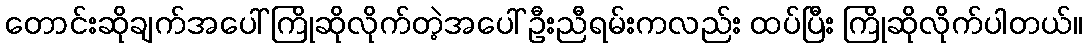
တောင်းဆိုချက်အပေါ် ကြိုဆိုလိုက်တဲ့အပေါ် ဦးညီရမ်းကလည်း ထပ်ပြီး ကြိုဆိုလိုက်ပါတယ်။